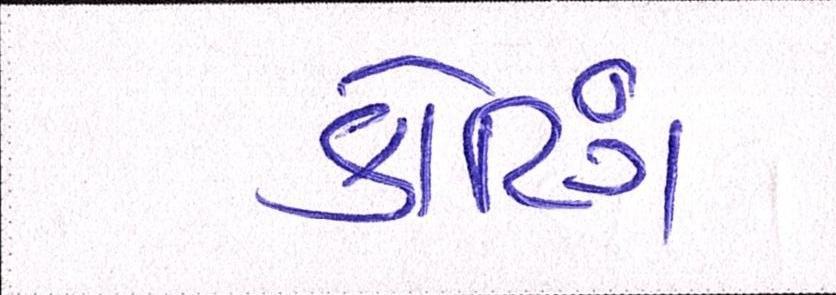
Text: કોટિંગ